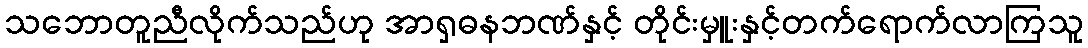
သဘောတူညီလိုက်သည်ဟု အာရှဓနဘဏ်နှင့် တိုင်းမှူးနှင့်တက်ရောက်လာကြသူ